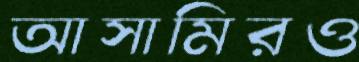
আসামিরও